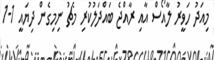
މިއަދު ހަވީރު ލާއޯސް އާއި ރާއްޖެ ބައްދަލުކުރި މެޗު ނިމިގެން ދިޔައީ 1-1